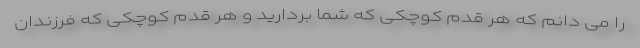
را می دانم که هر قدم کوچکی که شما بردارید و هر قدم کوچکی که فرزندان